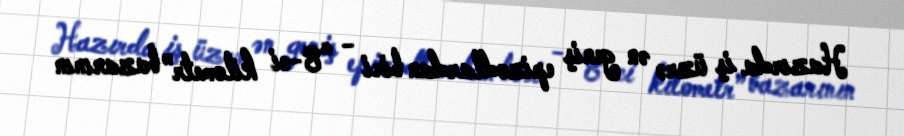
Hazırda iş üzrə ən geniş epizodlardan biri - “8-ci kilometr” bazarının